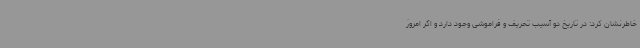
خاطرنشان کرد: در تاریخ دو آسیب تحریف و فراموشی وجود دارد و اگر امروز